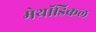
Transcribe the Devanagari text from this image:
मेथॉडिकल